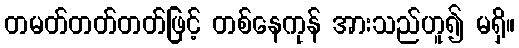
တမတ်တတ်တတ်ဖြင့် တစ်နေကုန် အားသည်ဟူ၍ မရှိ။